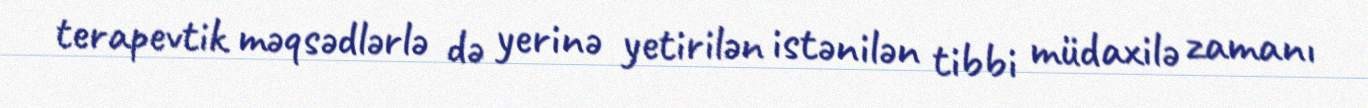
terapevtik məqsədlərlə də yerinə yetirilən istənilən tibbi müdaxilə zamanı